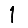
Digit: 1